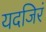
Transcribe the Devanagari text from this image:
यदजिरं